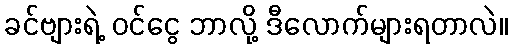
ခင်ဗျားရဲ့ ဝင်ငွေ ဘာလို့ ဒီလောက်များရတာလဲ။